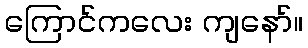
ကြောင်ကလေး ကျနော်။